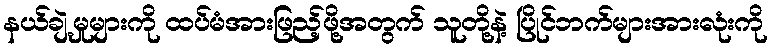
နယ်ချဲ့မှုများကို ထပ်မံအားဖြည့်ဖို့အတွက် သူတို့နဲ့ ပြိုင်ဘက်များအားလုံးကို